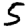
Digit: 5